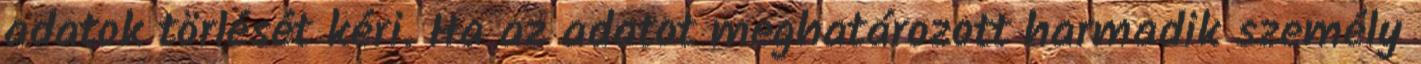
adatok törlését kéri. Ha az adatot meghatározott harmadik személy